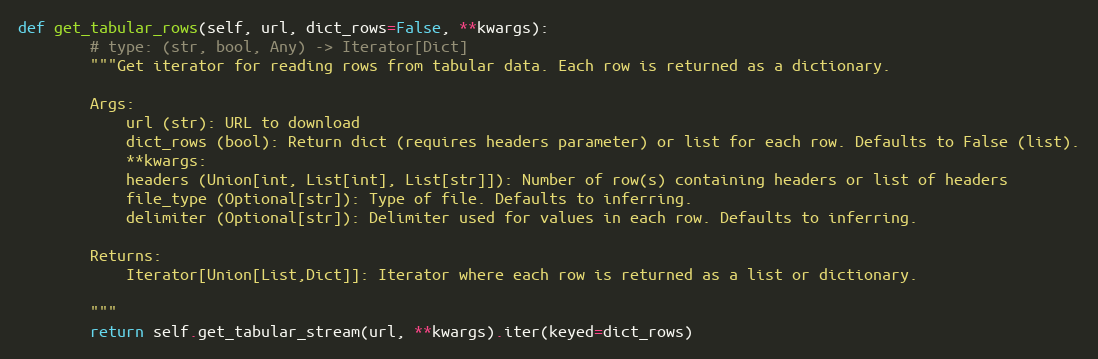
Language: Python
def get_tabular_rows(self, url, dict_rows=False, **kwargs):
        # type: (str, bool, Any) -> Iterator[Dict]
        """Get iterator for reading rows from tabular data. Each row is returned as a dictionary.

        Args:
            url (str): URL to download
            dict_rows (bool): Return dict (requires headers parameter) or list for each row. Defaults to False (list).
            **kwargs:
            headers (Union[int, List[int], List[str]]): Number of row(s) containing headers or list of headers
            file_type (Optional[str]): Type of file. Defaults to inferring.
            delimiter (Optional[str]): Delimiter used for values in each row. Defaults to inferring.

        Returns:
            Iterator[Union[List,Dict]]: Iterator where each row is returned as a list or dictionary.

        """
        return self.get_tabular_stream(url, **kwargs).iter(keyed=dict_rows)